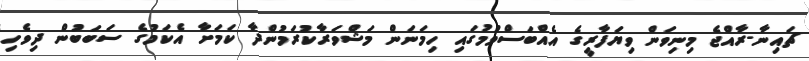
ޗައިނާ-ރާއްޖެ މިނިވަން ވިޔަފާރީގެ އެއްބަސްވުމުގައި ހިމަނަން މަޝްވަރާކުރަމުންދާ ކަމަށާ އެކަމުގެ ސަބަބުން ދިވެހި